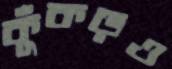
কুঁকড়ও